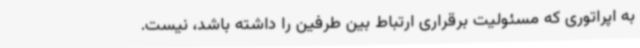
به اپراتوری که مسئولیت برقراری ارتباط بین طرفین را داشته باشد، نیست.